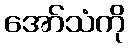
အော်သံကို